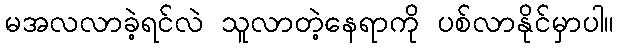
မအလလာခဲ့ရင်လဲ သူလာတဲ့နေရာကို ပစ်လာနိုင်မှာပါ။